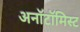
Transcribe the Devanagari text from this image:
अनॉटॉमिस्ट